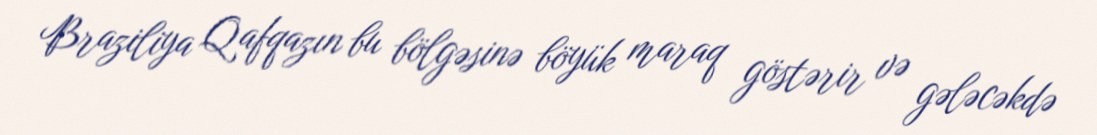
Braziliya Qafqazın bu bölgəsinə böyük maraq göstərir və gələcəkdə